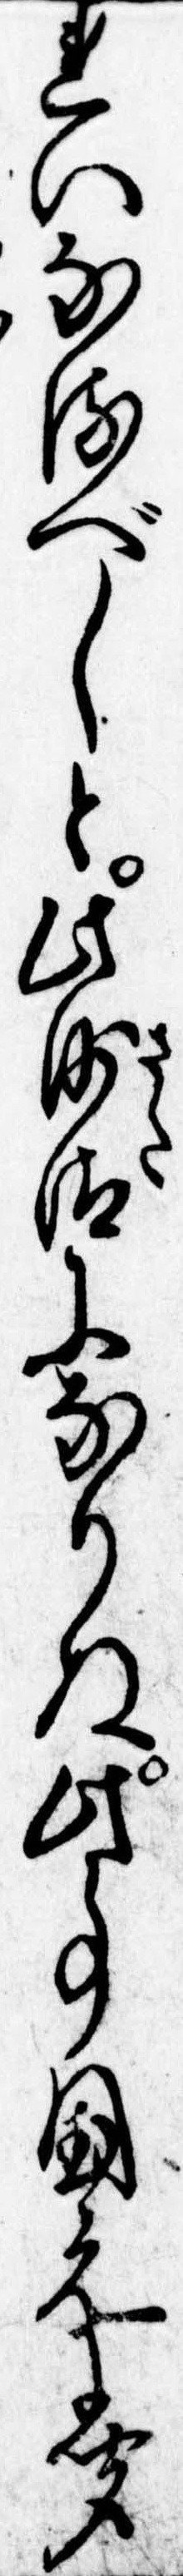
れいなるべしと此沙汰になりぬ此事国元に聞